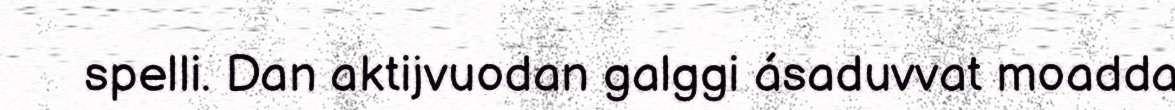
spelli. Dan aktijvuodan galggi ásaduvvat moadda